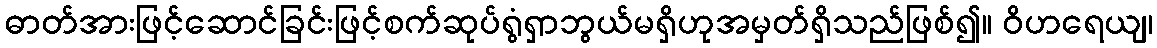
ဓာတ်အားဖြင့်ဆောင်ခြင်းဖြင့်စက်ဆုပ်ရွံရှာဘွယ်မရှိဟုအမှတ်ရှိသည်ဖြစ်၍။ ဝိဟရေယျ၊